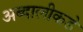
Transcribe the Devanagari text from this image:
अब्दालीकडे